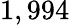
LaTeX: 1,994